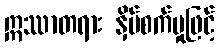
ဣဿာတရား နှိပ်စက်မှုဖြင့်